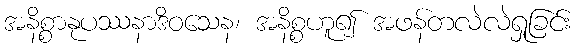
အနိစ္စာနုပဿနာဒိဝသေန၊ အနိစ္စဟူ၍ အဖန်တလဲလဲရှုခြင်း